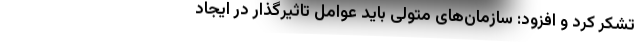
تشکر کرد و افزود: سازمان‌های متولی باید عوامل تاثیرگذار در ایجاد